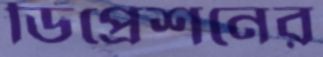
ডিপ্রেশনের